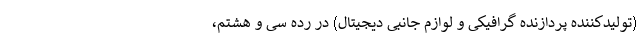
(تولیدکننده پردازنده گرافیکی و لوازم جانبی دیجیتال) در رده سی و هشتم،